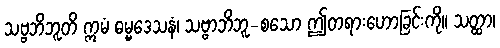
သဗ္ဗဘိဘူတိ ဣမံ ဓမ္မဒေသနံ၊ သဗ္ဗာဘိဘူ-စသော ဤတရားဟောခြင်းကို။ သတ္ထာ၊